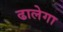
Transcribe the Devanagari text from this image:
ढालेगा